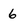
Character: 6